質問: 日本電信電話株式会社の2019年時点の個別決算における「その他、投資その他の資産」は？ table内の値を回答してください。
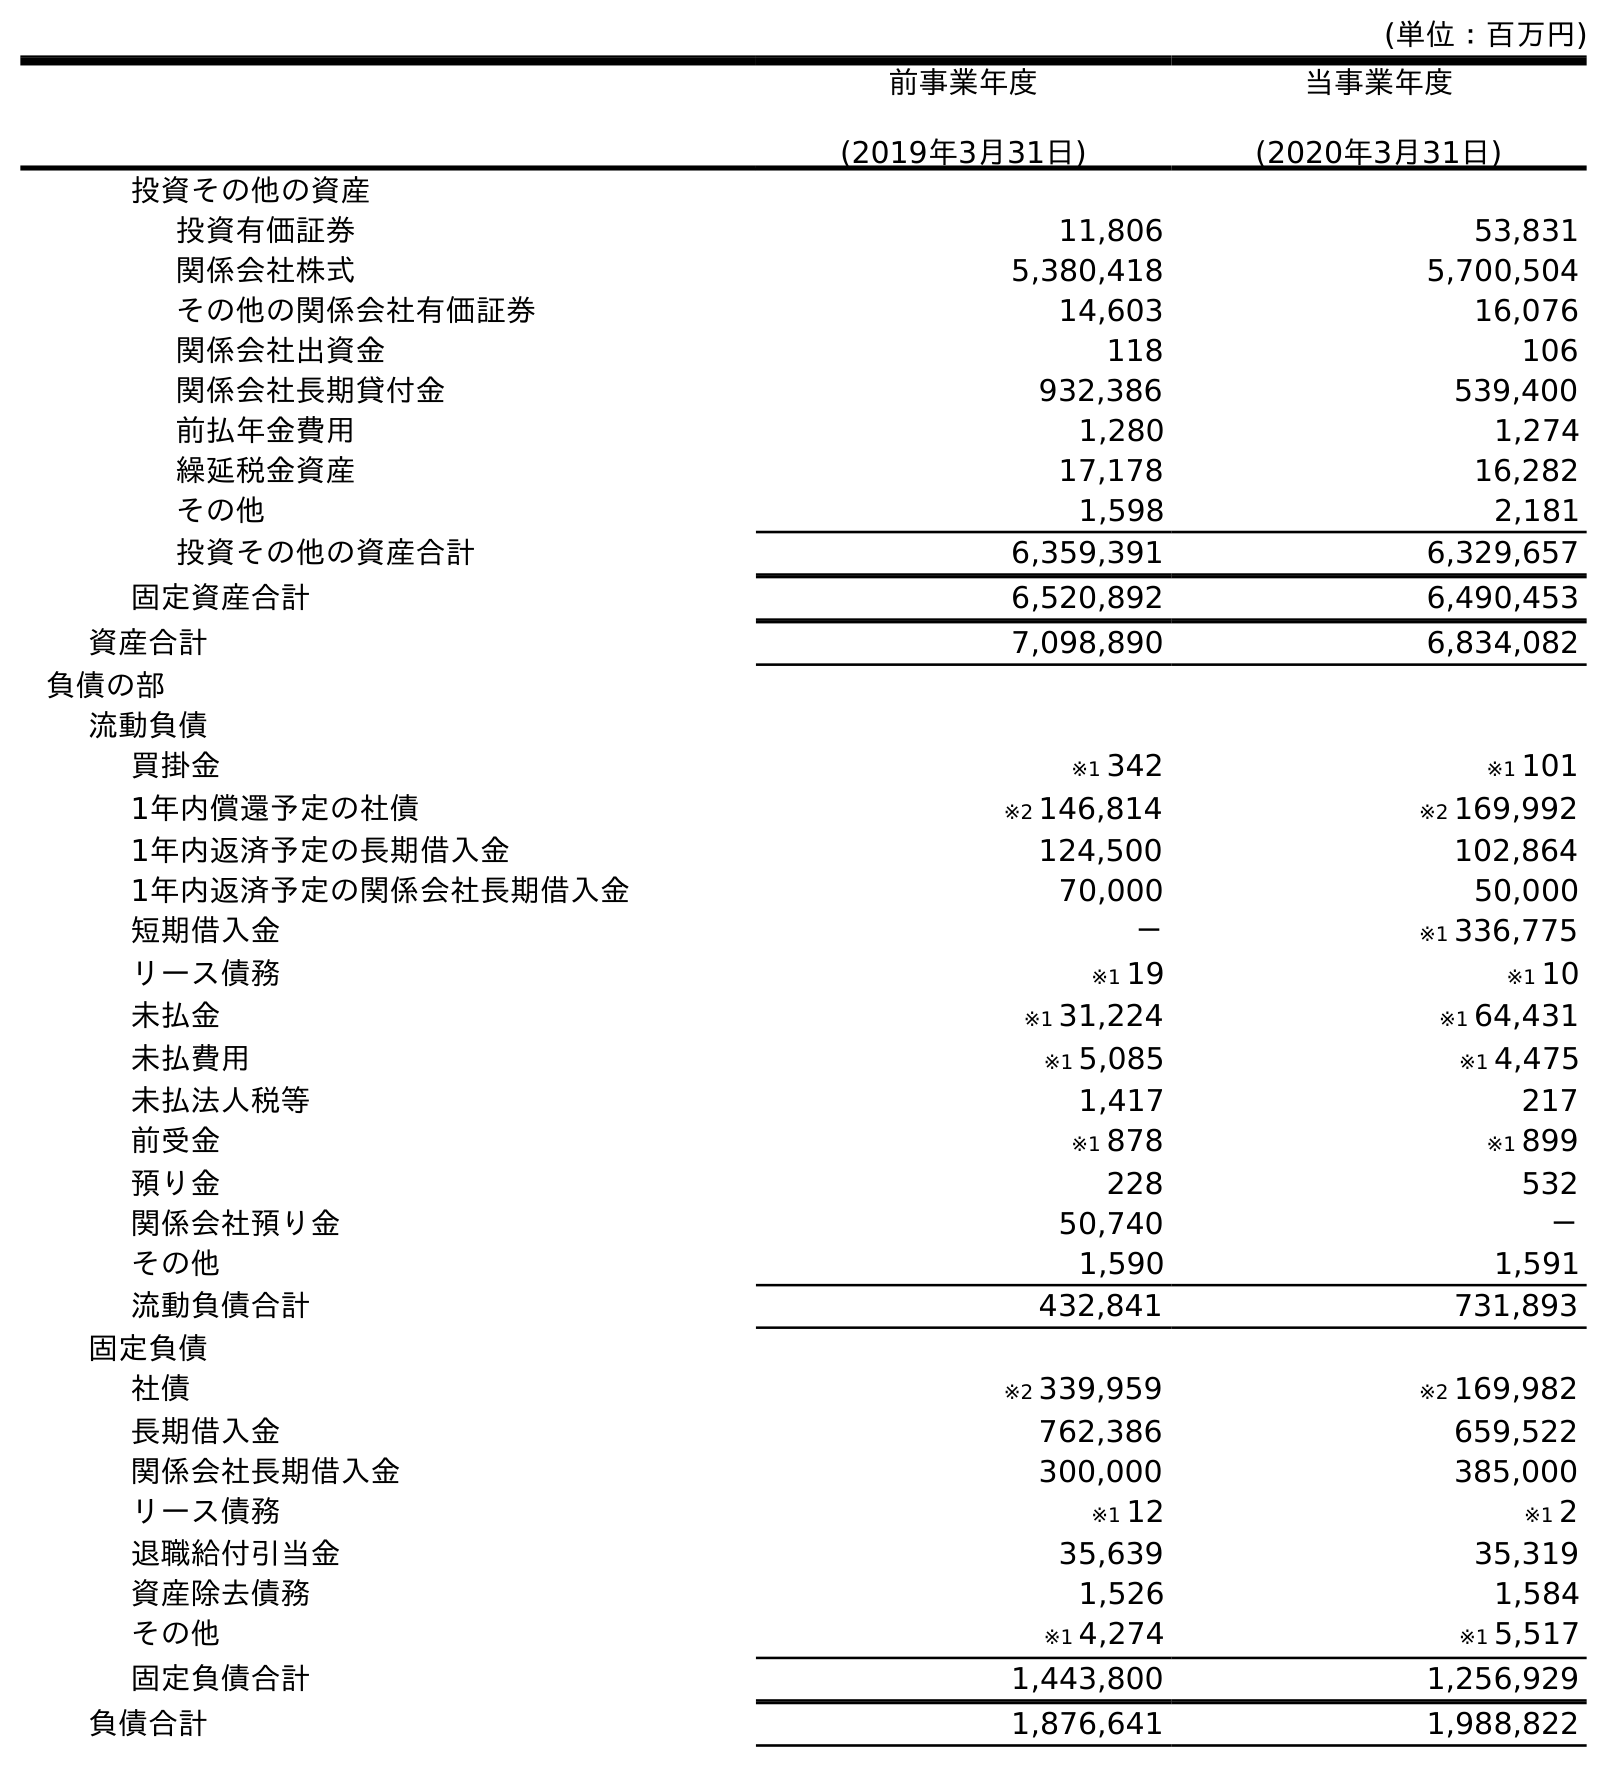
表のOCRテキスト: (単位：百万円) 前事業年度 (2019年3月31日) 当事業年度 (2020年3月31日) 投資その他の資産 投資有価証券 11,806 53,831 関係会社株式 5,380,418 5,700,504 その他の関係会社有価証券 14,603 16,076 関係会社出資金 118 106 関係会社長期貸付金 932,386 539,400 前払年金費用 1,280 1,274 繰延税金資産 17,178 16,282 その他 1,598 2,181 投資その他の資産合計 6,359,391 6,329,657 固定資産合計 6,520,892 6,490,453 資産合計 7,098,890 6,834,082 負債の部 流動負債 買掛金 ※1 342 ※1 101 1年内償還予定の社債 ※2 146,814 ※2 169,992 1年内返済予定の長期借入金 124,500 102,864 1年内返済予定の関係会社長期借入金 70,000 50,000 短期借入金 － ※1 336,775 リース債務 ※1 19 ※1 10 未払金 ※1 31,224 ※1 64,431 未払費用 ※1 5,085 ※1 4,475 未払法人税等 1,417 217 前受金 ※1 878 ※1 899 預り金 228 532 関係会社預り金 50,740 － その他 1,590 1,591 流動負債合計 432,841 731,893 固定負債 社債 ※2 339,959 ※2 169,982 長期借入金 762,386 659,522 関係会社長期借入金 300,000 385,000 リース債務 ※1 12 ※1 2 退職給付引当金 35,639 35,319 資産除去債務 1,526 1,584 その他 ※1 4,274 ※1 5,517 固定負債合計 1,443,800 1,256,929 負債合計 1,876,641 1,988,822
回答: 1,598